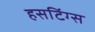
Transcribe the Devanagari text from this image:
हसटिंग्स